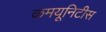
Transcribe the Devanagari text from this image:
कमयूनिटीस